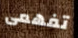
تفهمى